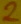
Text: 2